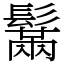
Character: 鬗